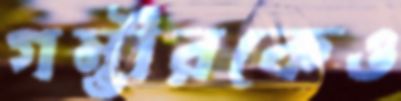
গম্ভীরকেও